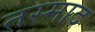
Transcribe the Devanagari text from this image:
तस्माद